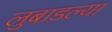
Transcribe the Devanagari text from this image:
लुबाडल्या